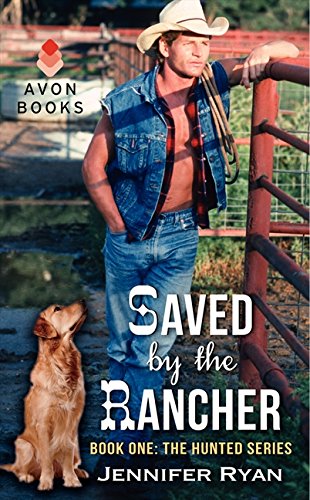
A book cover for Saved by the Rancher: Book One: The Hunted Series; Jennifer Ryan; Romance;